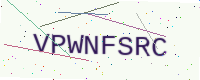
Text: VPWNFSRC